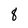
Character: 8